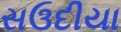
સઉદીયા